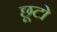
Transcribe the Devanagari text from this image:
छूटो